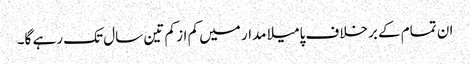
ان تمام کے برخلاف پامیلا مدار میں کم از کم تین سال تک رہے گا۔